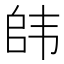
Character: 𮸯